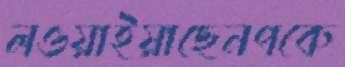
লওয়াইয়াছেনপকে